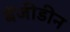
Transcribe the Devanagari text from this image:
बेंजीडीन